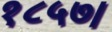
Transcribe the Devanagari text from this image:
१८५७।